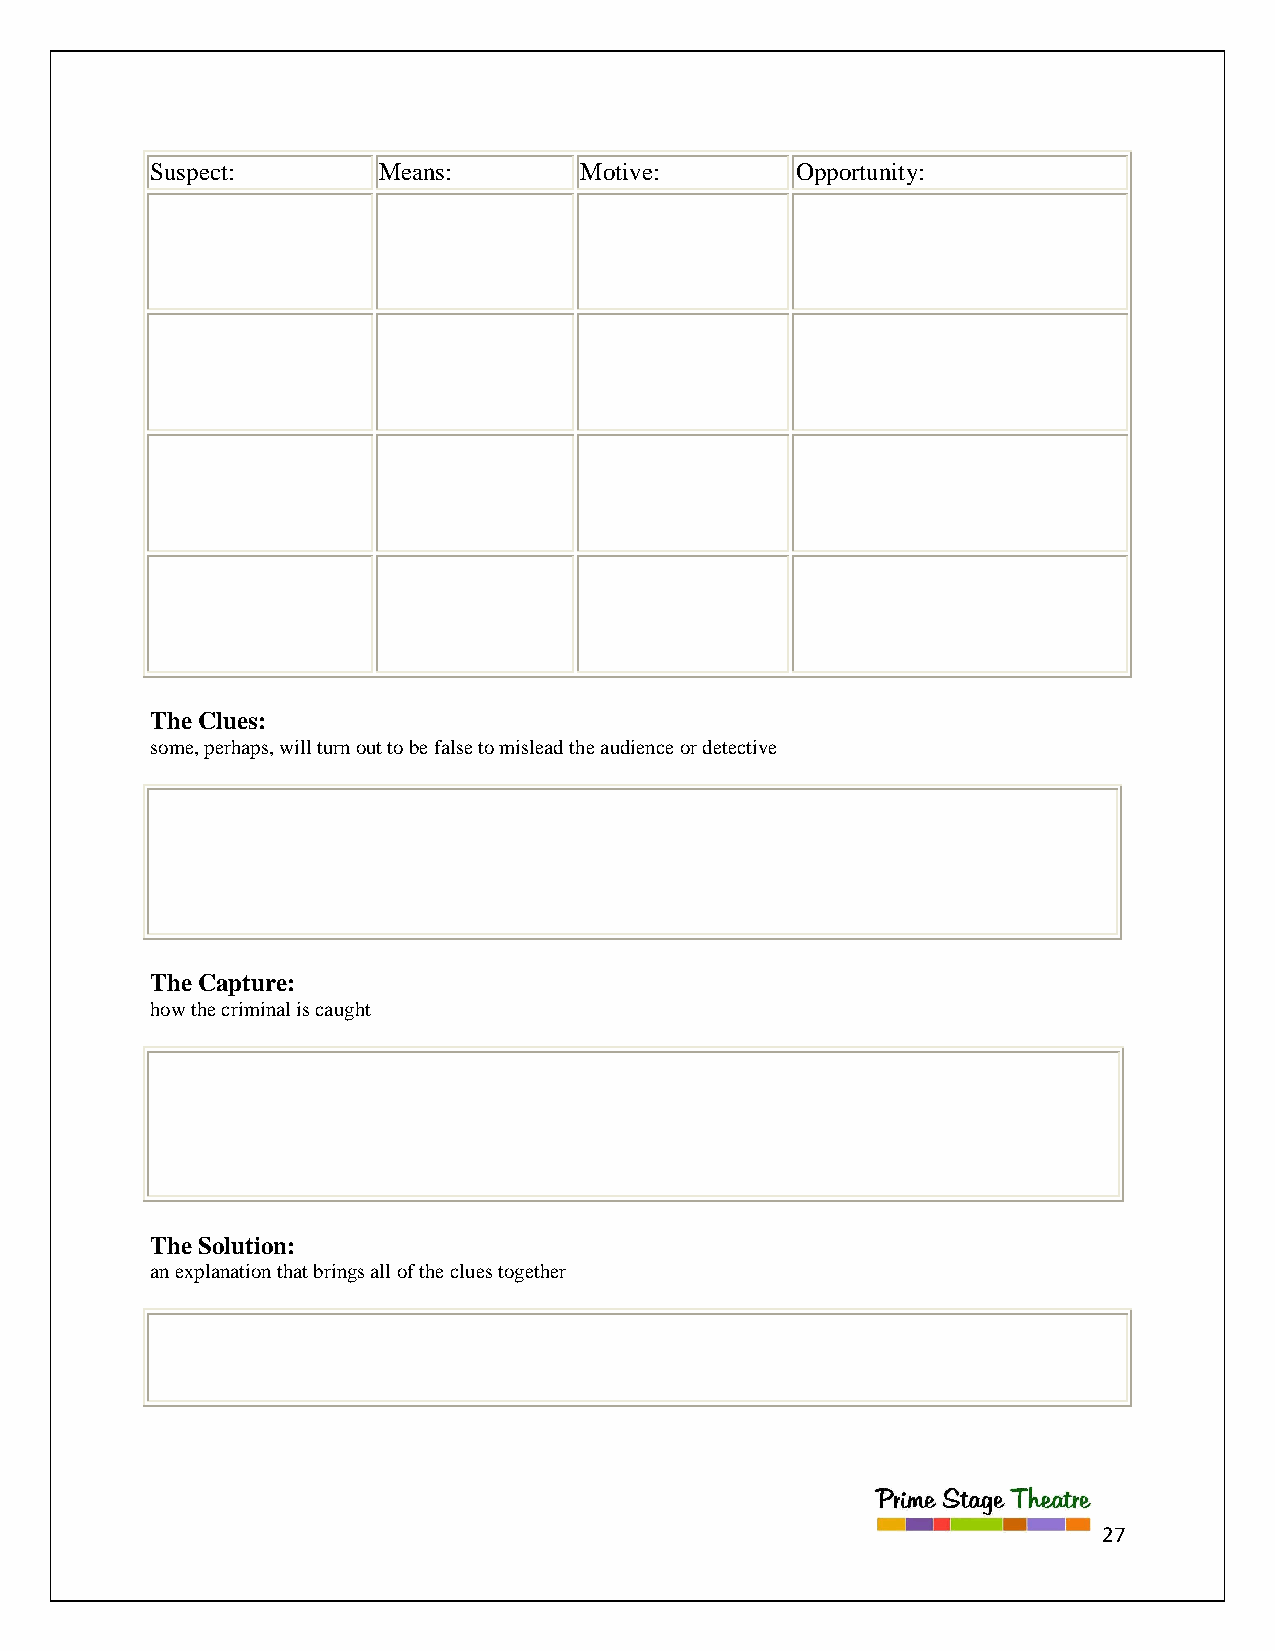
Suspect:       Means:       Motive:        Opportunity:
 The Clues:
 some, perhaps, will turn out to be false to mislead the audience or detective
 The Capture:
 how the criminal is caught
 The Solution:
 an explanation that brings all of the clues together
 27